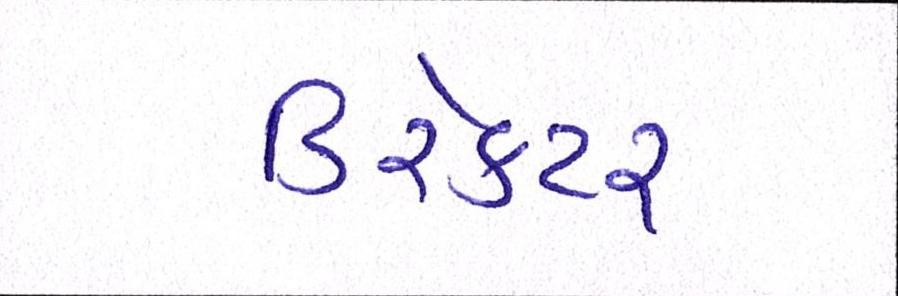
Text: ડિરેક્ટર